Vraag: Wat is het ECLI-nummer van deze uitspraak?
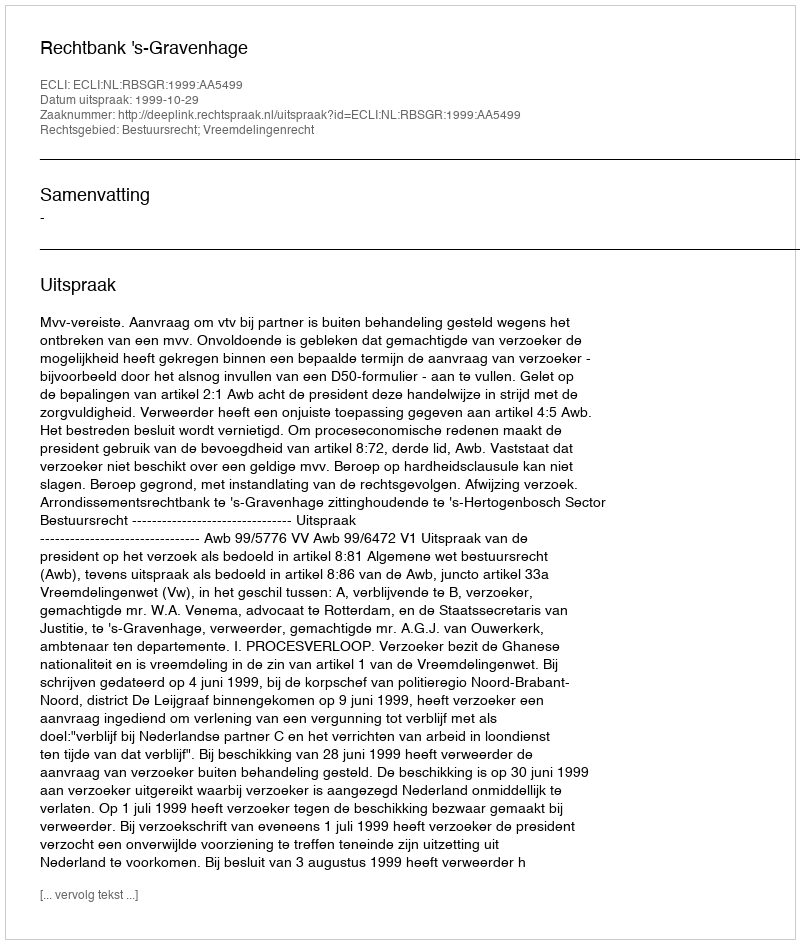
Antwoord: ECLI:NL:RBSGR:1999:AA5499